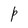
Character: P